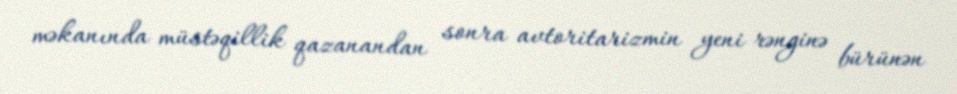
məkanında müstəqillik qazanandan sonra avtoritarizmin yeni rənginə bürünən